Lunatic asylums Burma 1907-21 - 1907-1921
Year: 1907
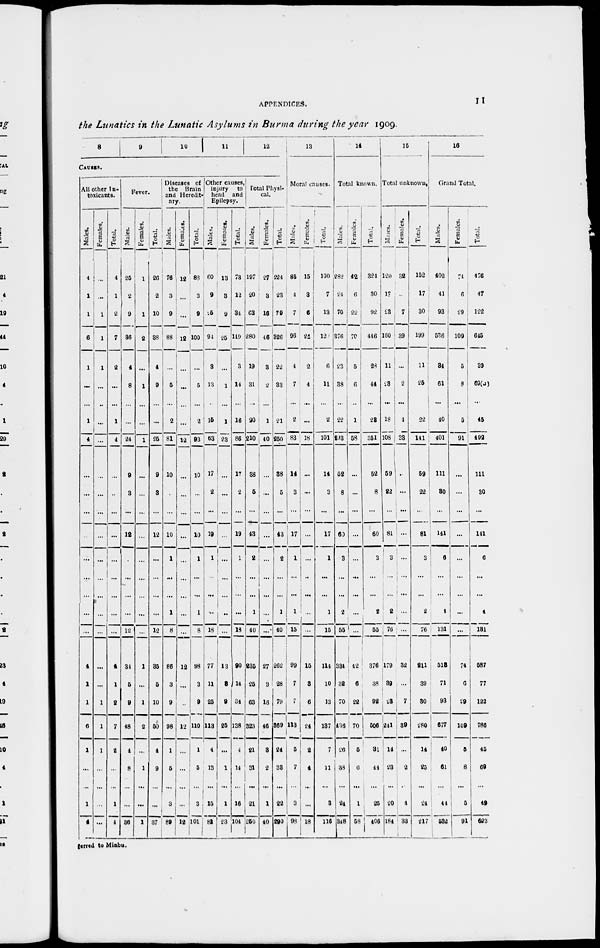
APPENDICES.
11
the Lunatics in the Lunatic Asylums in Burma during the year 1909.
8
9
1 0
11
12
CAUSES.
All other in-
toxicants.
Males.
4
1
1
6
1
...
...
1
4
...
...
...
...
...
...
...
...
...
4
1
1
6
1
...
...
1
4
Females.
...
...
1
1
1
...
...
...
...
...
...
...
...
...
...
...
...
...
...
...
1
1
1
...
...
...
...
Total.
4
1
2
7
2
...
...
1
4
...
...
...
...
...
...
...
...
...
4
1
8
7
2
...
...
1
4
Fever.
Males.
25
2
9
36
4
8
...
...
24
9
3
...
12
...
...
...
...
12
34
6
9
48
4
8
...
...
36
Females.
1
...
1
2
...
1
...
...
1
...
...
...
...
...
...
...
...
...
1
...
1
2
...
1
...
...
1
Total.
26
2
10
38
4
9
...
...
25
9
3
...
12
...
...
...
...
12
36
6
10
60
4
9
...
...
37
Diseases of
the Brain
and Heredit-
ary.
Males.
76
3
9
88
...
5
...
2
81
10
...
...
10
1
...
...
1
8
86
3
9
98
1
5
...
3
89
Females.
12
...
...
12
...
...
...
...
12
...
...
...
...
...
...
...
...
...
...
12
...
...
12
...
...
...
...
12
Total.
88
3
9
100
...
5
...
2
93
10
...
...
10
1
...
...
1
8
08
3
9
110
1
5
...
3
101
Other causes
injury
to
head and
Epilepsy.
Males.
60
9
25
94
3
13
...
15
63
17
2
...
19
1
...
...
...
18
77
11
26
113
4
13
...
15
81
Females.
13
3
9
25
...
1
...
1
23
...
...
...
...
...
...
...
...
...
13
8j
9
25
...
1
...
1
23
Total.
73
12
34
119
3
14
...
16
86
17
2
...
19
1
...
...
...
18
90
14
34
138
4
14
...
16
104
Total Physi-
cal.
Males.
197
20
63
280
19
31
...
20
210
38
5
...
43
2
...
...
1
40
836
26
63
323
21
31
...
21
250
Females.
27
3
16
46
3
2
...
1
40
...
...
...
...
...
...
...
...
...
27
3
16
46
3
2
...
1
40
Total.
224
23
79
326
22
33
...
21
250
38
5
...
43
2
...
...
1
40
1
262
28
79
369
24
33
...
22
290
13
Moral causes.
Males.
85
4
7
96
4
7
...
2
83
14
3
...
17
1
...
...
1
15
99
7
7
113
5
7
...
3
98
Females.
15
3
6
24
2
4
...
...
18
...
...
...
...
...
...
...
...
...
15
8
6
24
2
4
...
...
18
Total.
100
7
13
120
6
11
...
2
101
14
3
...
17
1
...
...
1
15
114
10
13
187
7
11
...
3
116
14
Total known.
Males.
282
24
70
376
23
38
...
22
293
52
8
...
60
3
...
...
2
55
334
32
70
436
26
38
...
24
348
Females.
42
6
22
70
5
6
...
1
58
...
...
...
...
...
...
...
...
...
:
42
6
22
70
5
6
...
1
58
Total.
324
30
92
446
28
44
...
23
351
52
8
...
60
3
...
...
2
55
376
38
92
606
31
44
...
25
406
15
Total unknown.
Males.
120
17
23
160
11
23
...
18
108
59
22
...
81
3
...
...
2
76
179
39
1
241
14
23
...
20
184
Females.
32
...
7
39
...
2
...
4
33
...
...
...
...
...
...
...
...
...
32
...
7
39
...
2
...
4
33
Total.
152
17
30
199
11
25
...
22
141
59
22
...
81
3
...
...
2
76
211
39
30
280
14
25
...
24
217
16
Grand Total.
Males.
402
41
93
536
34
61
...
40
401
111
30
...
141
6
...
...
4
131
518
71
93
677
40
61
...
44
532
Females.
74
6
29
109
5
8
...
5
91
...
...
...
...
...
...
...
...
...
74
6
29
109
5
8
...
5
91
Total.
476
47
122
645
39
69(a)
...
45
492
111
30
...
141
6
...
...
4
131
687
77
122
786
45
69
...
49
623
ferred to Minbu.